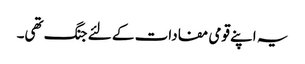
یہ اپنے قومی مفادات کے لئے جنگ تھی۔